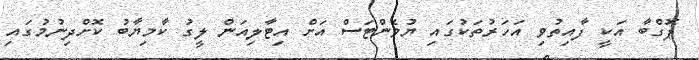
ޕޮގްބާ އަކީ ފާއިތުވި އަހަރުތަކުގައި ޔުވެންޓަސް އަށް އިޓާލިއަން ލީގު ކާމިޔާބު ކޮށްދިނުމުގައި